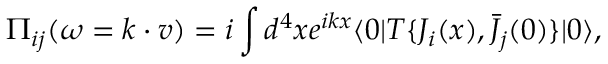
\Pi _ { i j } ( \omega = k \cdot v ) = i \int d ^ { 4 } x e ^ { i k x } \langle 0 | T \{ J _ { i } ( x ) , \bar { J } _ { j } ( 0 ) \} | 0 \rangle ,